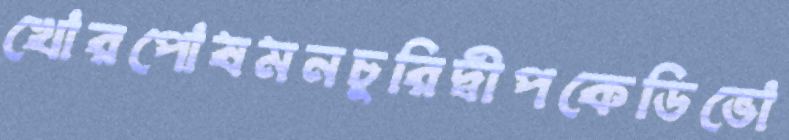
খোরপোষমনচুরিদ্বীপকেডিভো